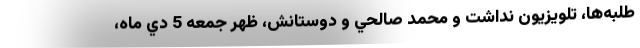
طلبه‌ها، تلويزيون نداشت و محمد صالحي و دوستانش، ظهر جمعه 5 دي ماه،